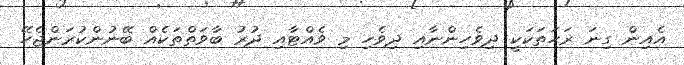
އެއިން ގިނަ ރަހަތަކަކީ ދިވެހިންނާއި ދިވެހި މި ވެއްޓާއި ދުރު ބާވަތްތަކެއް ބޭނުންކުރަންޖެހޭ